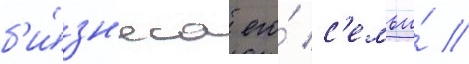
б'и́зн'еса его́ с'емьи́ //